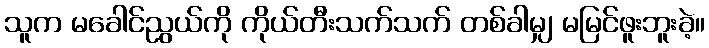
သူက မခေါင်ညွယ်ကို ကိုယ်တီးသက်သက် တစ်ခါမျှ မမြင်ဖူးဘူးခဲ့။